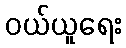
ဝယ်ယူရေး